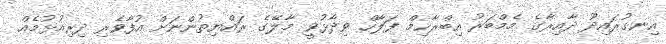
އިނގުރައިދޫ ދާއިރާގެ މެމްބަރު އިބްރާހިމް ފަލާހް ވިދާޅުވީ މާލޭގެ ރައްޔިތުންނަށް އުފާވެރި ދިރިއުޅުމެއް